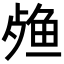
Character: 𬆙